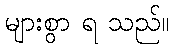
များစွာ ရ သည်။